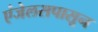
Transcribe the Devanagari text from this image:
एंजेलसपासून